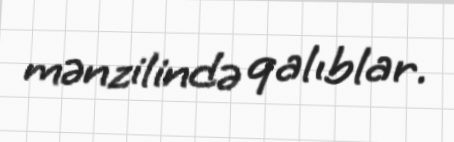
mənzilində qalıblar.